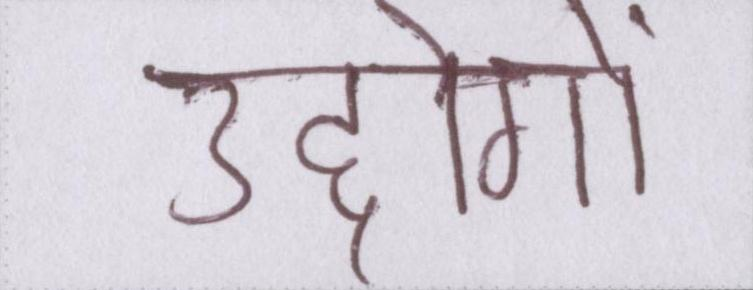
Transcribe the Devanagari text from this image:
उद्दोगों